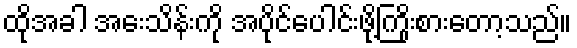
ထိုအခါ အေးသိန်းကို အပိုင်ပေါင်းဖို့ကြိုးစားတော့သည်။